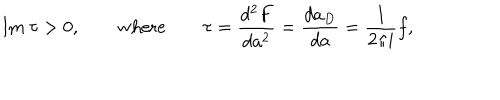
LaTeX: \mathrm { I m } \ \tau > 0 , \qquad \mathrm { w h e r e } \qquad \tau = \frac { d ^ { 2 } F } { d a ^ { 2 } } = \frac { d a _ { D } } { d a } = \frac { 1 } { 2 \pi i } f ,